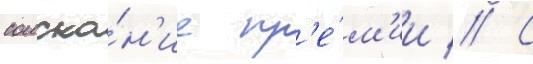
соиска́н'ие пр'е́м'ии // С